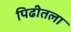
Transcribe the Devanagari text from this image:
पिढीतला